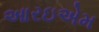
આરઇએમ